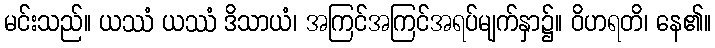
မင်းသည်။ ယဿံ ယဿံ ဒိသာယံ၊ အကြင်အကြင်အရပ်မျက်နှာ၌။ ဝိဟရတိ၊ နေ၏။